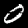
Label: 0